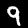
Digit: 9